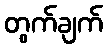
တွက်ချက်